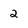
Character: 2